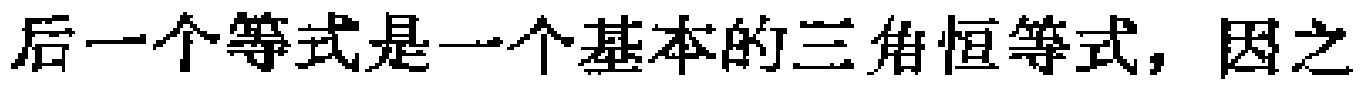
后一个等式是一个基本的三角恒等式，因之